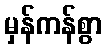
မှန်ကန်စွာ